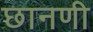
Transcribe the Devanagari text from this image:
छानणी